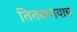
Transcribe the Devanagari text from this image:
तितक्यायाच